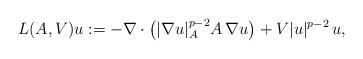
LaTeX: \begin{align*} L(A,V) u :=- \nabla \cdot \big(|\nabla u|_A^{p-2} A\, \nabla u\big) +V |u|^{p-2}\, u ,\end{align*}